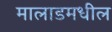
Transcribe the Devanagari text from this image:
मालाडमधील